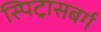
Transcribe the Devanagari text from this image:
स्पिट्रासबर्ग